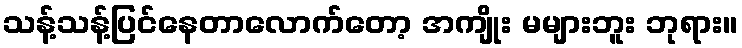
သန့်သန့်ပြင်နေတာလောက်တော့ အကျိုး မများဘူး ဘုရား။